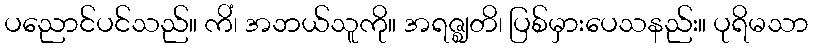
ပညောင်ပင်သည်။ ကိံ၊ အဘယ်သူကို။ အရဇ္ဈတိ၊ ပြစ်မှားပေသနည်း။ ပုရိမသာ